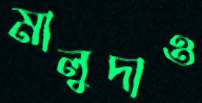
মালুদাও